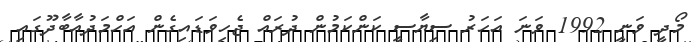
މޯދީ ވަނީ 1992 ވަނަ އަހަރު ސިޔާސީ ކަންކަމުން ދުރައް ޖެހިވަޑައިގެން އަހްމަދުއާބާދޫގައި